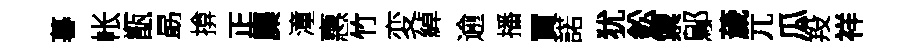
暮帐甑勗揜正麋潼惠竹変綽逾播買諾犹鈆禦鄔薉兀瓜羖祥